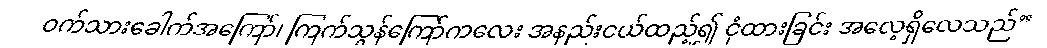
ဝက်သားခေါက်အကြော်၊ ကြက်သွန်ကြော်ကလေး အနည်းငယ်ထည့်၍ ငုံထားခြင်း အလေ့ရှိလေသည်”